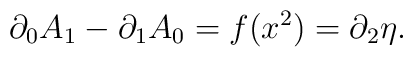
\partial_0 A_1-\partial_1 A_0=f(x^2)=\partial_2\eta .